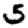
Digit: 5